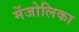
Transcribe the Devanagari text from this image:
मेंजोलिका